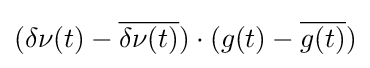
(\delta \nu (t)-{\overline {\delta \nu (t)}})\cdot (g(t)-{\overline {g(t)}})